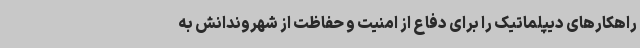
راهکارهای دیپلماتیک را برای دفاع از امنیت و حفاظت از شهروندانش به